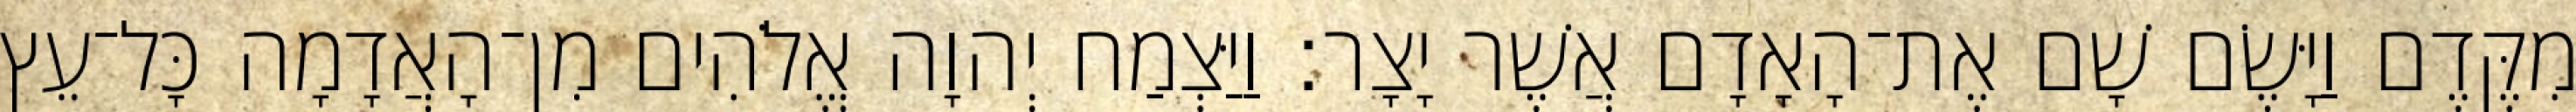
מִקֶּדֶם וַיָּשֶׂם שָׁם אֶת־הָאָדָם אֲשֶׁר יָצָר׃ וַיַּצְמַח יְהוָה אֱלֹהִים מִן־הָאֲדָמָה כָּל־עֵץ